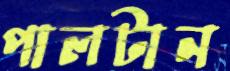
পালটান